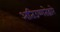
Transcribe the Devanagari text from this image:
अतिउष्णतेद्वारे